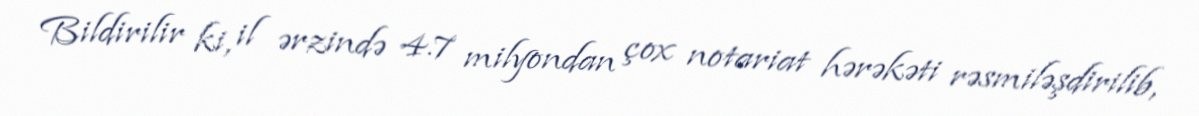
Bildirilir ki, il ərzində 4.7 milyondan çox notariat hərəkəti rəsmiləşdirilib,